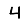
Digit: 4